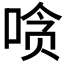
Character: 𰇲